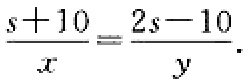
$\frac{s + 10}{x}=\frac{2s - 10}{y}$